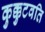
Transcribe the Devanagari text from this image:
कुक्कुटवति